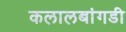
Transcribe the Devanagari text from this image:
कलालबांगडी